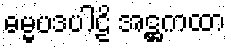
ဓမ္မပဒပါဠိ အဋ္ဌကထာ